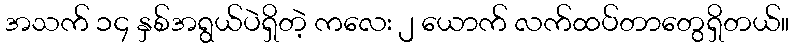
အသက် ၁၄ နှစ်အရွယ်ပဲရှိတဲ့ ကလေး ၂ ယောက် လက်ထပ်တာတွေရှိတယ်။